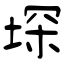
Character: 堔